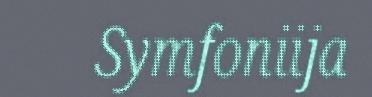
Symfoniija